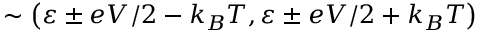
\sim \left( \varepsilon \pm e V / 2 - k _ { B } T , \varepsilon \pm e V / 2 + k _ { B } T \right)